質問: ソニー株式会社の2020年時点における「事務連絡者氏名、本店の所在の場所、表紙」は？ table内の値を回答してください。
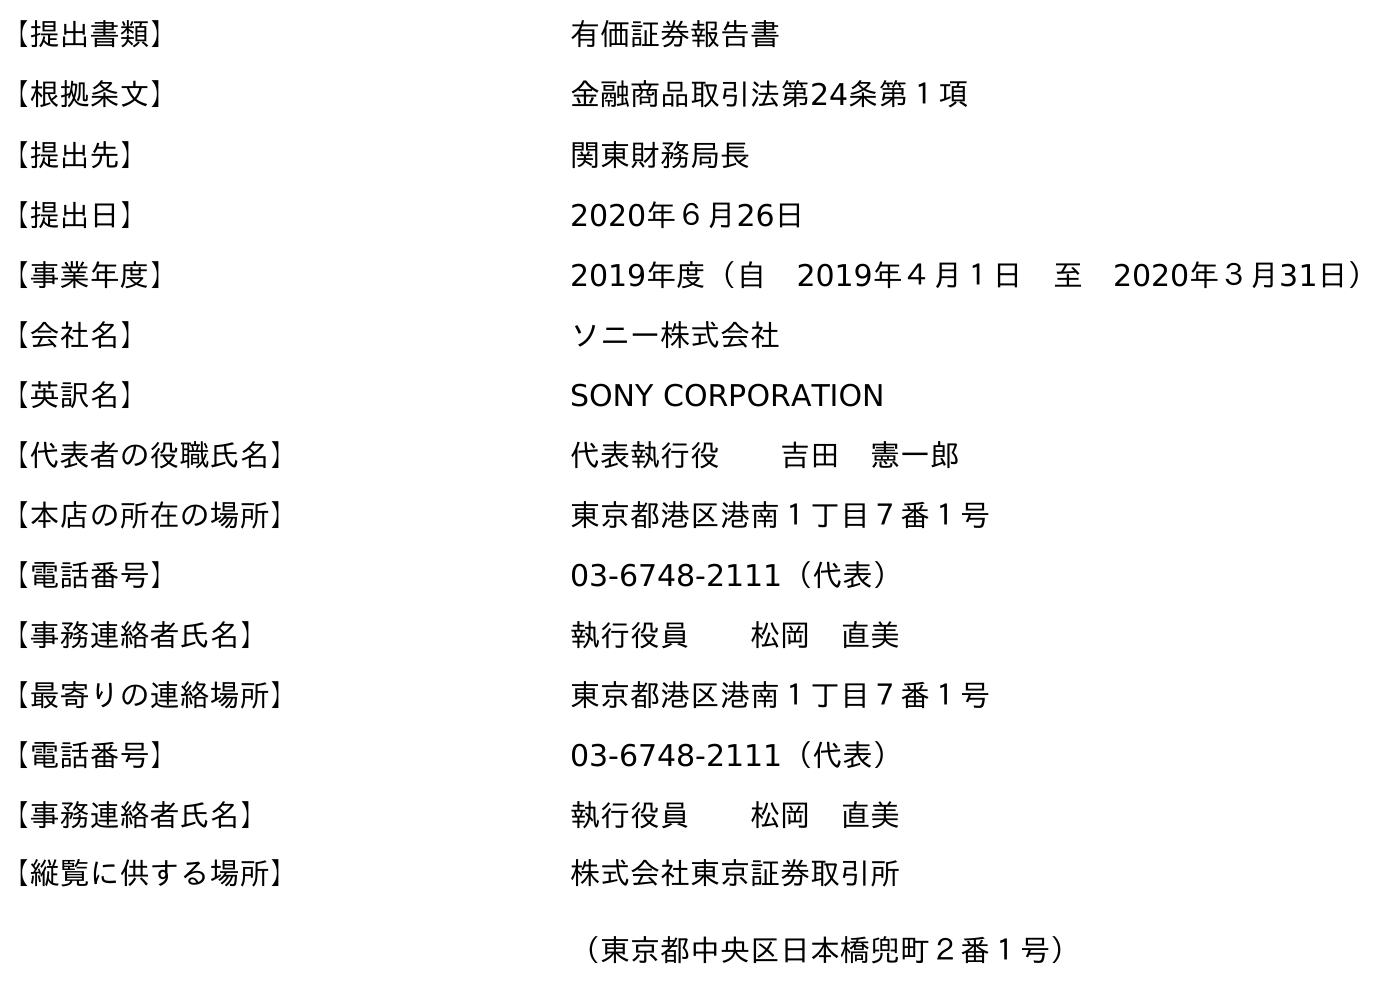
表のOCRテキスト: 【提出書類】 有価証券報告書 【根拠条文】 金融商品取引法第24条第１項 【提出先】 関東財務局長 【提出日】 2020年６月26日 【事業年度】 2019年度（自 2019年４月１日 至 2020年３月31日） 【会社名】 ソニー株式会社 【英訳名】 SONY CORPORATION 【代表者の役職氏名】 代表執行役  吉田 憲一郎 【本店の所在の場所】 東京都港区港南１丁目７番１号 【電話番号】 03-6748-2111（代表） 【事務連絡者氏名】 執行役員  松岡 直美 【最寄りの連絡場所】 東京都港区港南１丁目７番１号 【電話番号】 03-6748-2111（代表） 【事務連絡者氏名】 執行役員  松岡 直美 【縦覧に供する場所】 株式会社東京証券取引所 （東京都中央区日本橋兜町２番１号）
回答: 執行役員松岡　直美